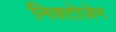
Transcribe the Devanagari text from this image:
निक्टोजेन